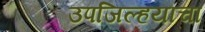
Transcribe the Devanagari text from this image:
उपजिल्हयाचा